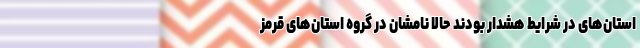
استان‌های در شرایط هشدار بودند حالا نامشان در گروه استان‌های قرمز